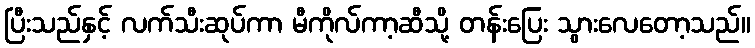
ပြီးသည်နှင့် လက်သီးဆုပ်ကာ မီကိုလ်ကာ့ဆီသို့ တန်းပြေး သွားလေတော့သည်။